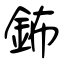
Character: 鈽